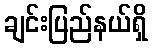
ချင်းပြည်နယ်ရှိ